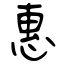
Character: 惠